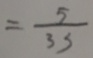
= \frac { 5 } { 3 3 }